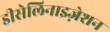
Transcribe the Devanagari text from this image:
डीसेलिनाइज़ेशन